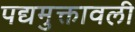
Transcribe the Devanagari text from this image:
पद्यमुक्तावली